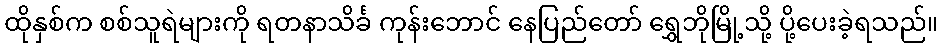
ထိုနှစ်က စစ်သူရဲများကို ရတနာသိင်္ခ ကုန်းဘောင် နေပြည်တော် ရွှေဘိုမြို့သို့ ပို့ပေးခဲ့ရသည်။